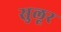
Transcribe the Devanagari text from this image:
सुलूर